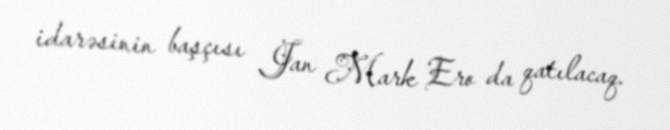
idarəsinin başçısı Jan Mark Ero da qatılacaq.